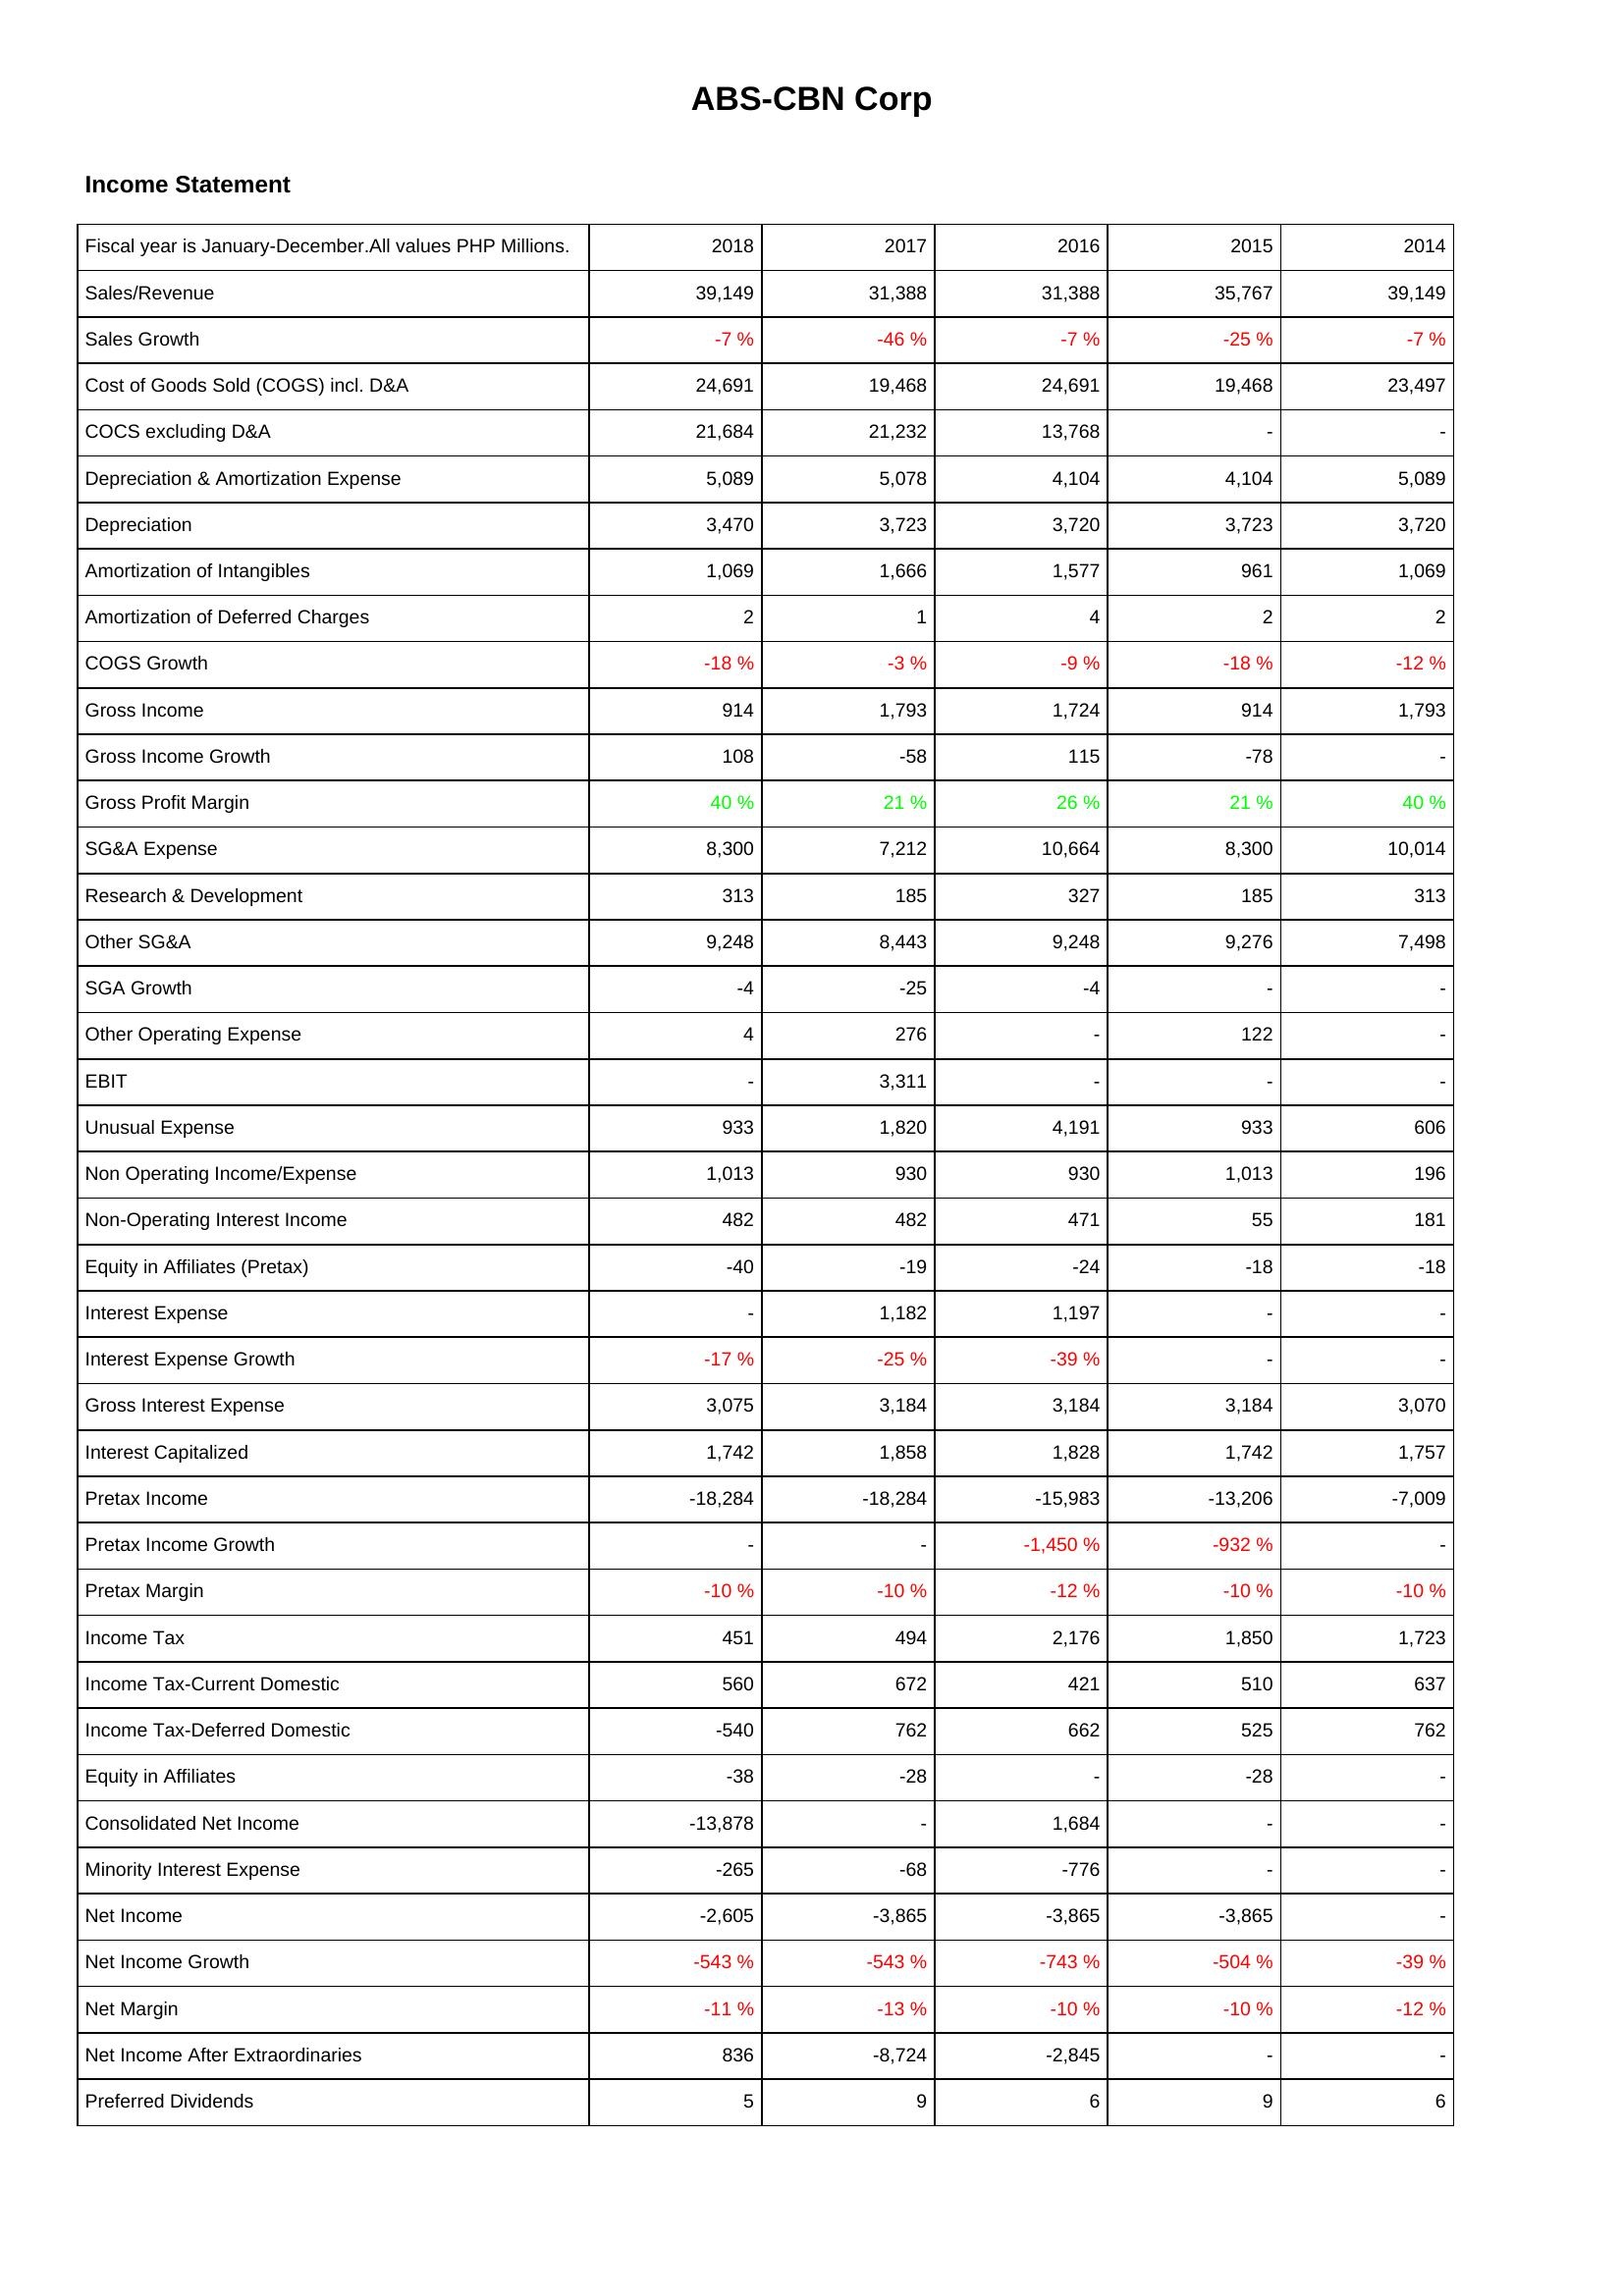
2018: Income Statement: Sales/Revenue: 39,149
Sales Growth: -7 %
Cost of Goods Sold (COGS) incl. D&A: 24,691
COCS excluding D&A: 21,684
Depreciation & Amortization Expense: 5,089
Depreciation: 3,470
Amortization of Intangibles: 1,069
Amortization of Deferred Charges: 2
COGS Growth: -18 %
Gross Income: 914
Gross Income Growth: 108
Gross Profit Margin: 40 %
SG&A Expense: 8,300
Research & Development: 313
Other SG&A: 9,248
SGA Growth: -4
Other Operating Expense: 4
EBIT: -
Unusual Expense: 933
Non Operating Income/Expense: 1,013
Non-Operating Interest Income: 482
Equity in Affiliates (Pretax): -40
Interest Expense: -
Interest Expense Growth: -17 %
Gross Interest Expense: 3,075
Interest Capitalized: 1,742
Pretax Income: -18,284
Pretax Income Growth: -
Pretax Margin: -10 %
Income Tax: 451
Income Tax-Current Domestic: 560
Income Tax-Deferred Domestic: -540
Equity in Affiliates: -38
Consolidated Net Income: -13,878
Minority Interest Expense: -265
Net Income: -2,605
Net Income Growth: -543 %
Net Margin: -11 %
Net Income After Extraordinaries: 836
Preferred Dividends: 5
2017: Income Statement: Sales/Revenue: 31,388
Sales Growth: -46 %
Cost of Goods Sold (COGS) incl. D&A: 19,468
COCS excluding D&A: 21,232
Depreciation & Amortization Expense: 5,078
Depreciation: 3,723
Amortization of Intangibles: 1,666
Amortization of Deferred Charges: 1
COGS Growth: -3 %
Gross Income: 1,793
Gross Income Growth: -58
Gross Profit Margin: 21 %
SG&A Expense: 7,212
Research & Development: 185
Other SG&A: 8,443
SGA Growth: -25
Other Operating Expense: 276
EBIT: 3,311
Unusual Expense: 1,820
Non Operating Income/Expense: 930
Non-Operating Interest Income: 482
Equity in Affiliates (Pretax): -19
Interest Expense: 1,182
Interest Expense Growth: -25 %
Gross Interest Expense: 3,184
Interest Capitalized: 1,858
Pretax Income: -18,284
Pretax Income Growth: -
Pretax Margin: -10 %
Income Tax: 494
Income Tax-Current Domestic: 672
Income Tax-Deferred Domestic: 762
Equity in Affiliates: -28
Consolidated Net Income: -
Minority Interest Expense: -68
Net Income: -3,865
Net Income Growth: -543 %
Net Margin: -13 %
Net Income After Extraordinaries: -8,724
Preferred Dividends: 9
2016: Income Statement: Sales/Revenue: 31,388
Sales Growth: -7 %
Cost of Goods Sold (COGS) incl. D&A: 24,691
COCS excluding D&A: 13,768
Depreciation & Amortization Expense: 4,104
Depreciation: 3,720
Amortization of Intangibles: 1,577
Amortization of Deferred Charges: 4
COGS Growth: -9 %
Gross Income: 1,724
Gross Income Growth: 115
Gross Profit Margin: 26 %
SG&A Expense: 10,664
Research & Development: 327
Other SG&A: 9,248
SGA Growth: -4
Other Operating Expense: -
EBIT: -
Unusual Expense: 4,191
Non Operating Income/Expense: 930
Non-Operating Interest Income: 471
Equity in Affiliates (Pretax): -24
Interest Expense: 1,197
Interest Expense Growth: -39 %
Gross Interest Expense: 3,184
Interest Capitalized: 1,828
Pretax Income: -15,983
Pretax Income Growth: -1,450 %
Pretax Margin: -12 %
Income Tax: 2,176
Income Tax-Current Domestic: 421
Income Tax-Deferred Domestic: 662
Equity in Affiliates: -
Consolidated Net Income: 1,684
Minority Interest Expense: -776
Net Income: -3,865
Net Income Growth: -743 %
Net Margin: -10 %
Net Income After Extraordinaries: -2,845
Preferred Dividends: 6
2015: Income Statement: Sales/Revenue: 35,767
Sales Growth: -25 %
Cost of Goods Sold (COGS) incl. D&A: 19,468
COCS excluding D&A: -
Depreciation & Amortization Expense: 4,104
Depreciation: 3,723
Amortization of Intangibles: 961
Amortization of Deferred Charges: 2
COGS Growth: -18 %
Gross Income: 914
Gross Income Growth: -78
Gross Profit Margin: 21 %
SG&A Expense: 8,300
Research & Development: 185
Other SG&A: 9,276
SGA Growth: -
Other Operating Expense: 122
EBIT: -
Unusual Expense: 933
Non Operating Income/Expense: 1,013
Non-Operating Interest Income: 55
Equity in Affiliates (Pretax): -18
Interest Expense: -
Interest Expense Growth: -
Gross Interest Expense: 3,184
Interest Capitalized: 1,742
Pretax Income: -13,206
Pretax Income Growth: -932 %
Pretax Margin: -10 %
Income Tax: 1,850
Income Tax-Current Domestic: 510
Income Tax-Deferred Domestic: 525
Equity in Affiliates: -28
Consolidated Net Income: -
Minority Interest Expense: -
Net Income: -3,865
Net Income Growth: -504 %
Net Margin: -10 %
Net Income After Extraordinaries: -
Preferred Dividends: 9
2014: Income Statement: Sales/Revenue: 39,149
Sales Growth: -7 %
Cost of Goods Sold (COGS) incl. D&A: 23,497
COCS excluding D&A: -
Depreciation & Amortization Expense: 5,089
Depreciation: 3,720
Amortization of Intangibles: 1,069
Amortization of Deferred Charges: 2
COGS Growth: -12 %
Gross Income: 1,793
Gross Income Growth: -
Gross Profit Margin: 40 %
SG&A Expense: 10,014
Research & Development: 313
Other SG&A: 7,498
SGA Growth: -
Other Operating Expense: -
EBIT: -
Unusual Expense: 606
Non Operating Income/Expense: 196
Non-Operating Interest Income: 181
Equity in Affiliates (Pretax): -18
Interest Expense: -
Interest Expense Growth: -
Gross Interest Expense: 3,070
Interest Capitalized: 1,757
Pretax Income: -7,009
Pretax Income Growth: -
Pretax Margin: -10 %
Income Tax: 1,723
Income Tax-Current Domestic: 637
Income Tax-Deferred Domestic: 762
Equity in Affiliates: -
Consolidated Net Income: -
Minority Interest Expense: -
Net Income: -
Net Income Growth: -39 %
Net Margin: -12 %
Net Income After Extraordinaries: -
Preferred Dividends: 6